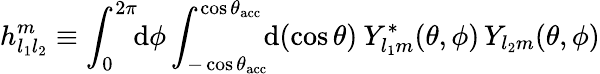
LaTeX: h_{l_{1}l_{2}}^{m}\equiv\int_{0}^{2\pi}\! \! \mathrm{d}\phi\int_{-\cos{\theta_{\mathrm{acc}}}}^{\cos{\theta_{\mathrm{acc}}}}\! \! \mathrm{d}(\cos{\theta})\: Y_{l_{1}m}^{*}(\theta,\phi)\, Y_{l_{2}m}(\theta,\phi)